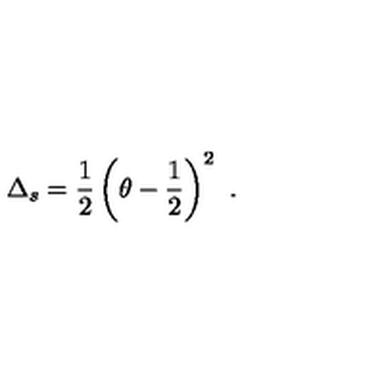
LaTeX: \Delta _ { s } = { \frac { 1 } { 2 } } \left( \theta - { \frac { 1 } { 2 } } \right) ^ { 2 } \ .